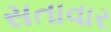
સતાવાર